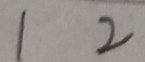
1 2